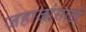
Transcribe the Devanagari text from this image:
जहाजांसाठी